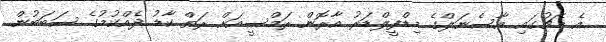
އެ މެޗުގައި އާސެނަލްގެ މިޑްފީލްޑަރު އާރޮން ރަމްސީއަށް ރަތް ކާޑު ދެއްކުމުގެ ސަބަބުން